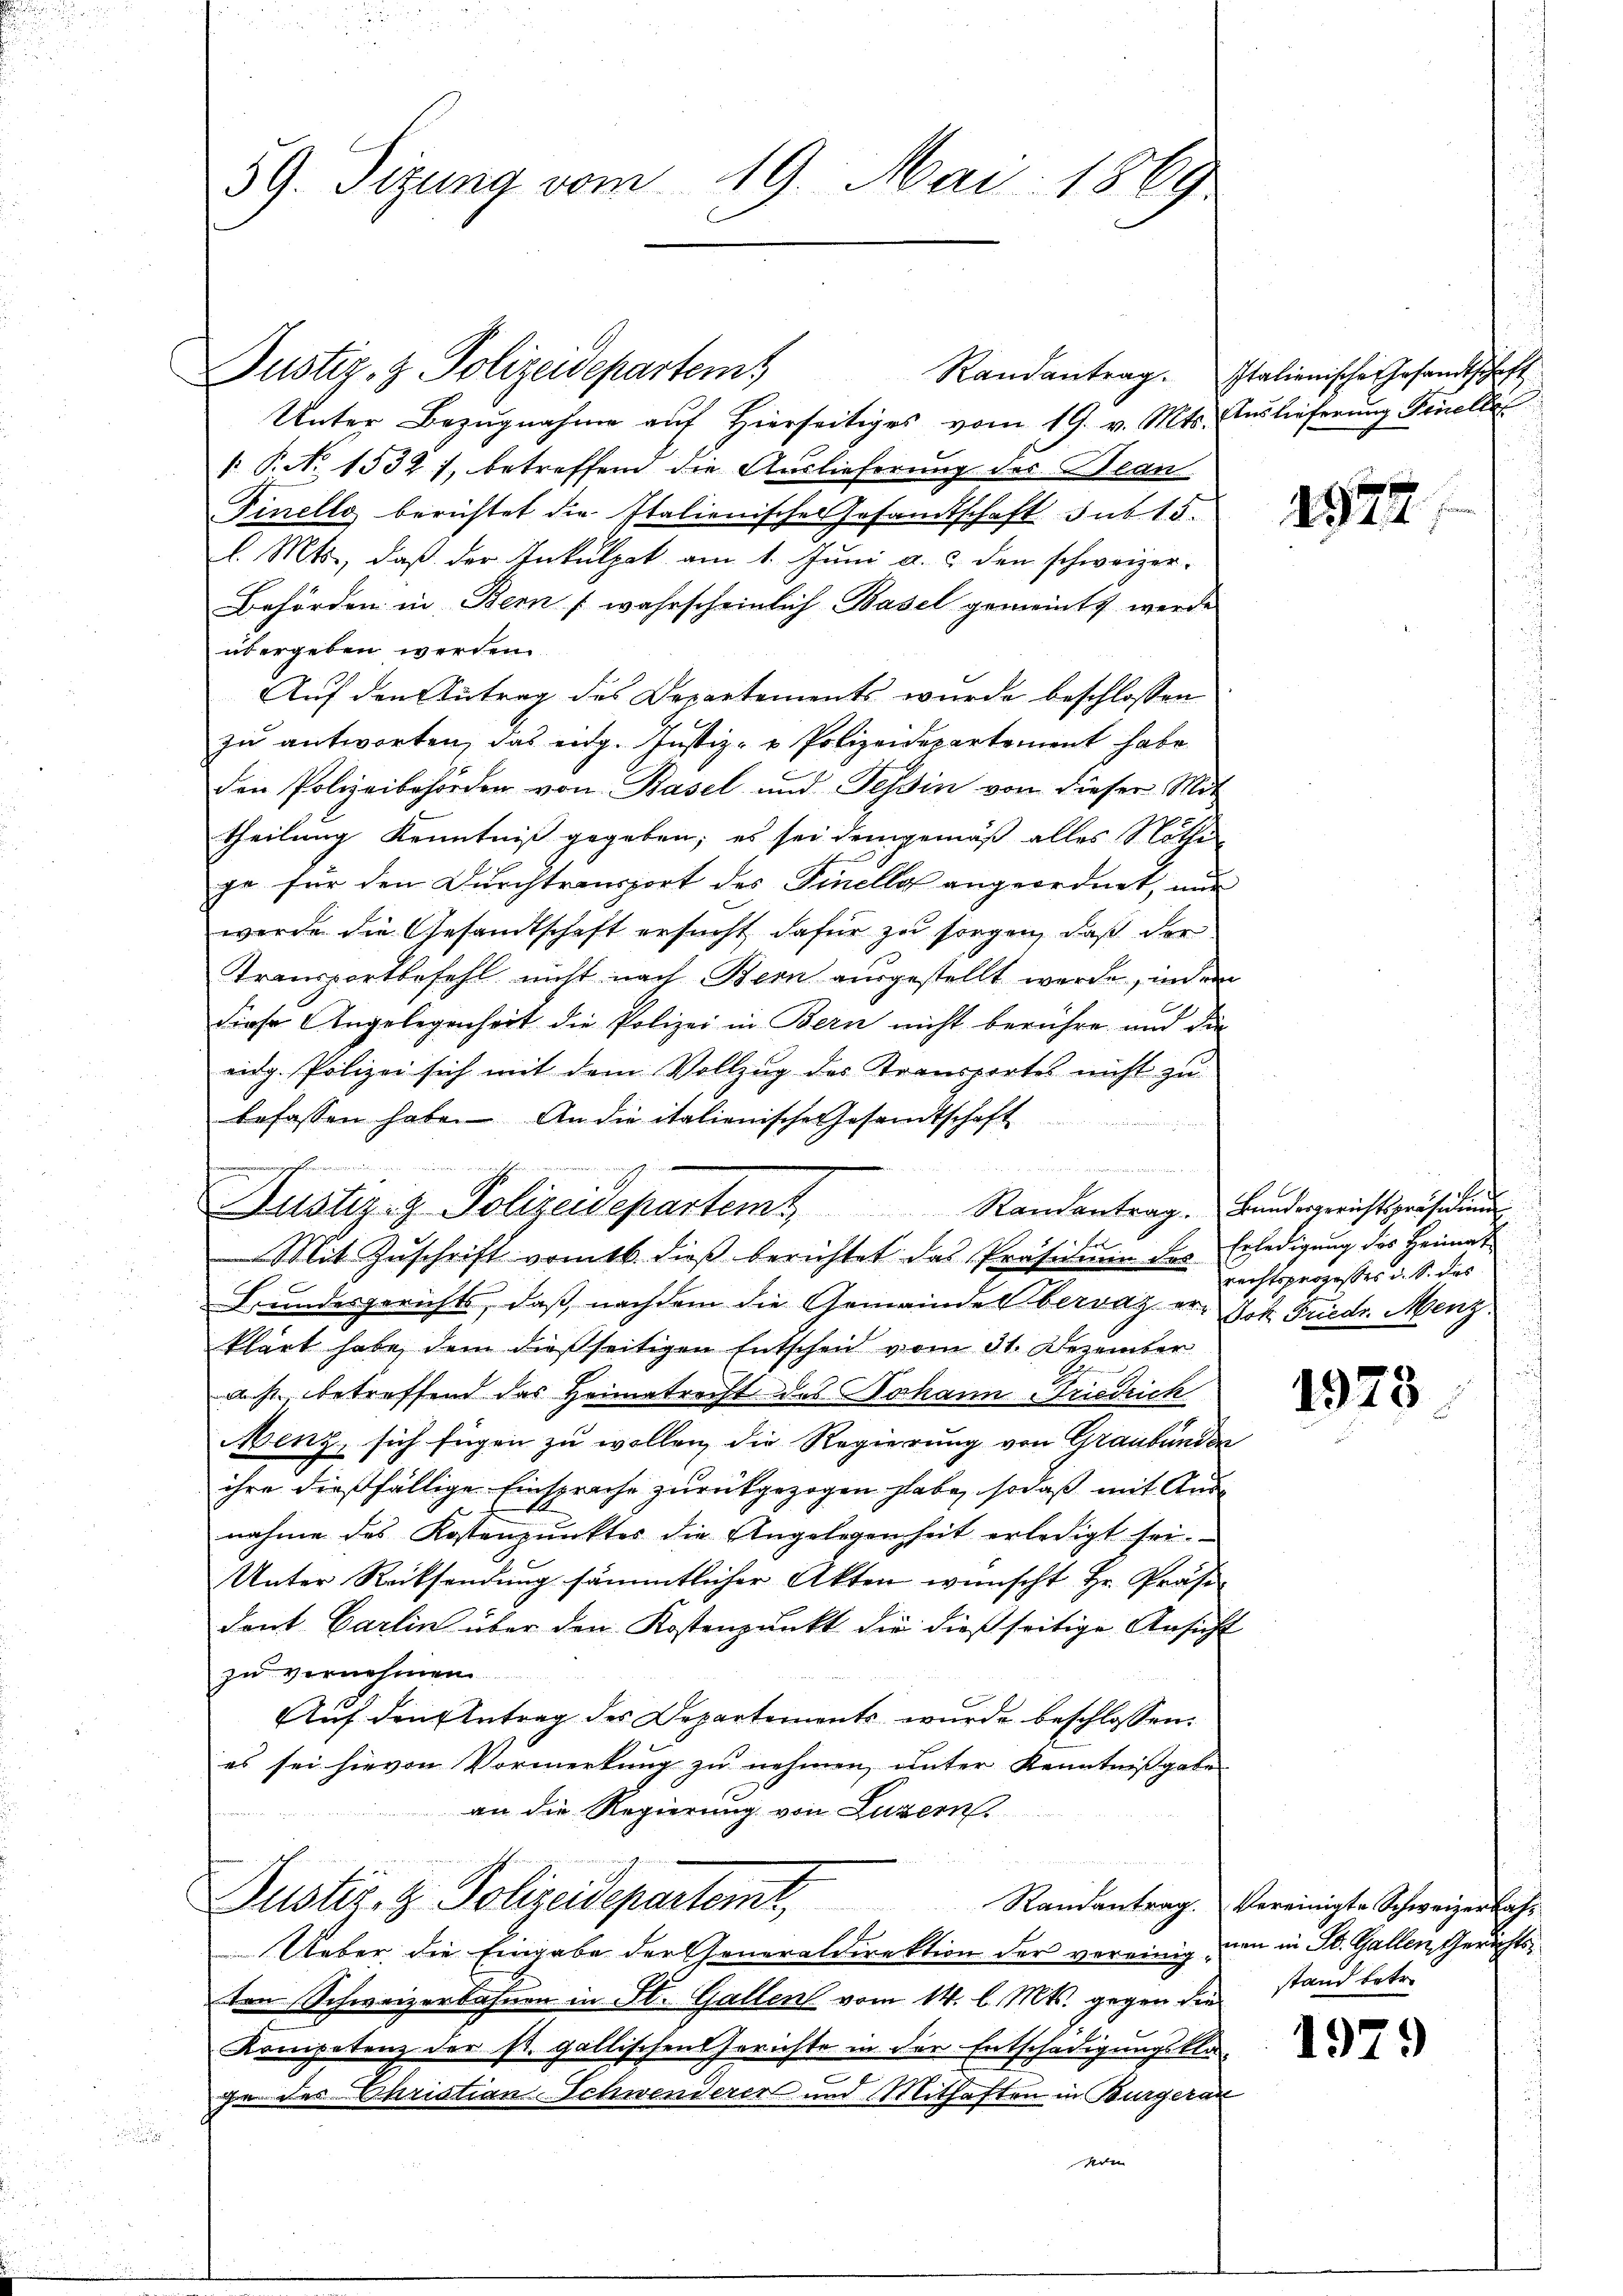
59. Sitzung vom 19. Mai 1869

Justiz, z. Polizeidepartem

Unter Bezugnahme auf Hierseitiges vom 19. v. Mts. Auslieferung Finelle
 P.N. 1532 1, betreffend die Auslieferung des Bean
Finello berichtet die Italienisches Gesandtschaft sub 15.
l. Mts., daß der Inkulpat am 1. Juni a. c. den schweizer-
Behörden in Bern (wahrscheinlich Basel gemeints werde
übergeben werden.
Auf den Antrag des Departements wurde beschlossen
zu antworten, das eidg. Justiz- & Polizeidepartement habe
den Polizeibehörden von Basel und Tessin von dieser Mit
theilung Kenntniß gegeben; es sei demgemäß alles Nöthe
ja für den Durchtransport des Finelle angeordnet, nur
werde die Gesandtschaft ersucht dafür zu sorgen, daß der
Transportbefehl nicht nach Bern ausgestellt werde, indem
diese Angelegenheit die Polizei in Bern nicht berühre und die
eidg. Polizei sich mit dem Vollzug des Transportes nicht zu
befassen habe. An die italienische Gesamtschaft
Ber
Mit Zŭschrift vom 16. dieβ berichtet das Präsidium des Erledigŭng des Heimat
Bundesgerichts, daβ nachdem die Gemeinde Obervaz er Dok Friedr. Menz
klärt habe, dem dießseitigen Entscheid vom 31. Dezember
nicht, betreffend das Heimatrecht des Johann Friedrich
Menz, sich fügen zu wollen, die Regierung von Graubünden
ihre dießfällige Einsprache zurückgezogen habe, so daß mit Ande
nahme des Kostenpŭnktes die Angelegenheit erledigt sei.
Unter Rücksendung sämmtlicher Akten wünscht Hr. Präsident Carlin über den Kostenpŭnkt die dießseitige Ansicht
zu vernehmen
Auf den Antrag des Departements wurde beschlossen:
es sei hievon Vormerkung zu nehmen, unter Kenntnißgabe
an die Regierung von Luzern
Justiz- & Polizeidepartemt. Randantrag. Vereinigte Schweizerbahr
9t
Ueber die Eingabe der Generaldirektion der vereinigton Schweizerbahnen in St. Gallen vom 14. l. Mts. gegen die
Kompetenz der st. gallischen Gerichte in der Entschädigungsklage des Christian Schwenderer und Mithaften in Burgeran

Bringen
Justiz- & Polizeidepartem Randantrag. Bandergerichtspräsidiŭng

Randantrag. Italienische Gesandtschaft

4972

le
rechtsprozesses d. S. das
s
uch

1975

nen in St. Gallen Gerichtsstand betr.

1979